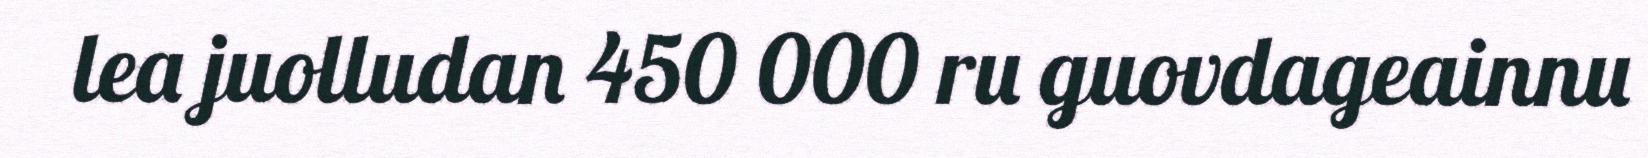
lea juolludan 450 000 ru guovdageainnu